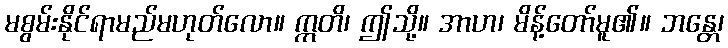
မစွမ်းနိုင်ရာမည်မဟုတ်လော။ ဣတိ၊ ဤသို့။ အာဟ၊ မိန့်တော်မူ၏။ ဘန္တေ၊